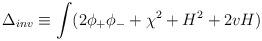
LaTeX: \begin{align*}\Delta_{inv} \equiv \int( 2 \phi_+ \phi_- + \chi ^2 + H^2 + 2 v H)\end{align*}